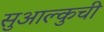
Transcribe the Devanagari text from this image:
सुआल्कुची